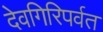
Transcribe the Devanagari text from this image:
देवगिरिपर्वत